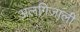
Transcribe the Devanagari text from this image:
अलगिज़ाली